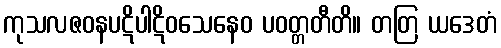
ကုသလဇဝနပဋိပါဋိဝသေနေဝ ပဝတ္တတီတိ။ တတြ ယဒေတံ